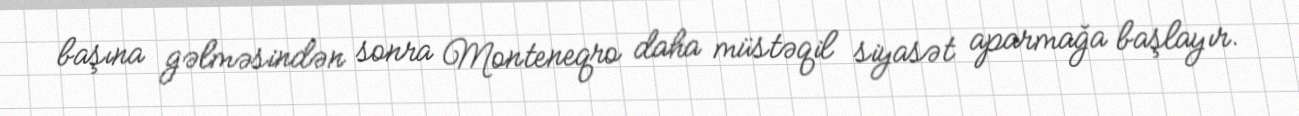
başına gəlməsindən sonra Monteneqro daha müstəqil siyasət aparmağa başlayır.